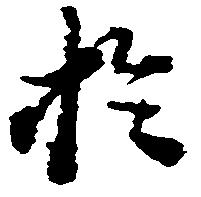
於